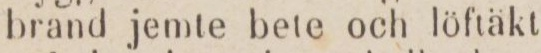
brand jemte bete och löftäkt.